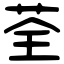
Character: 荃